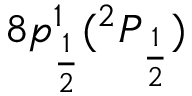
8 p _ { \frac { 1 } { 2 } } ^ { 1 } ( ^ { 2 } P _ { \frac { 1 } { 2 } } )